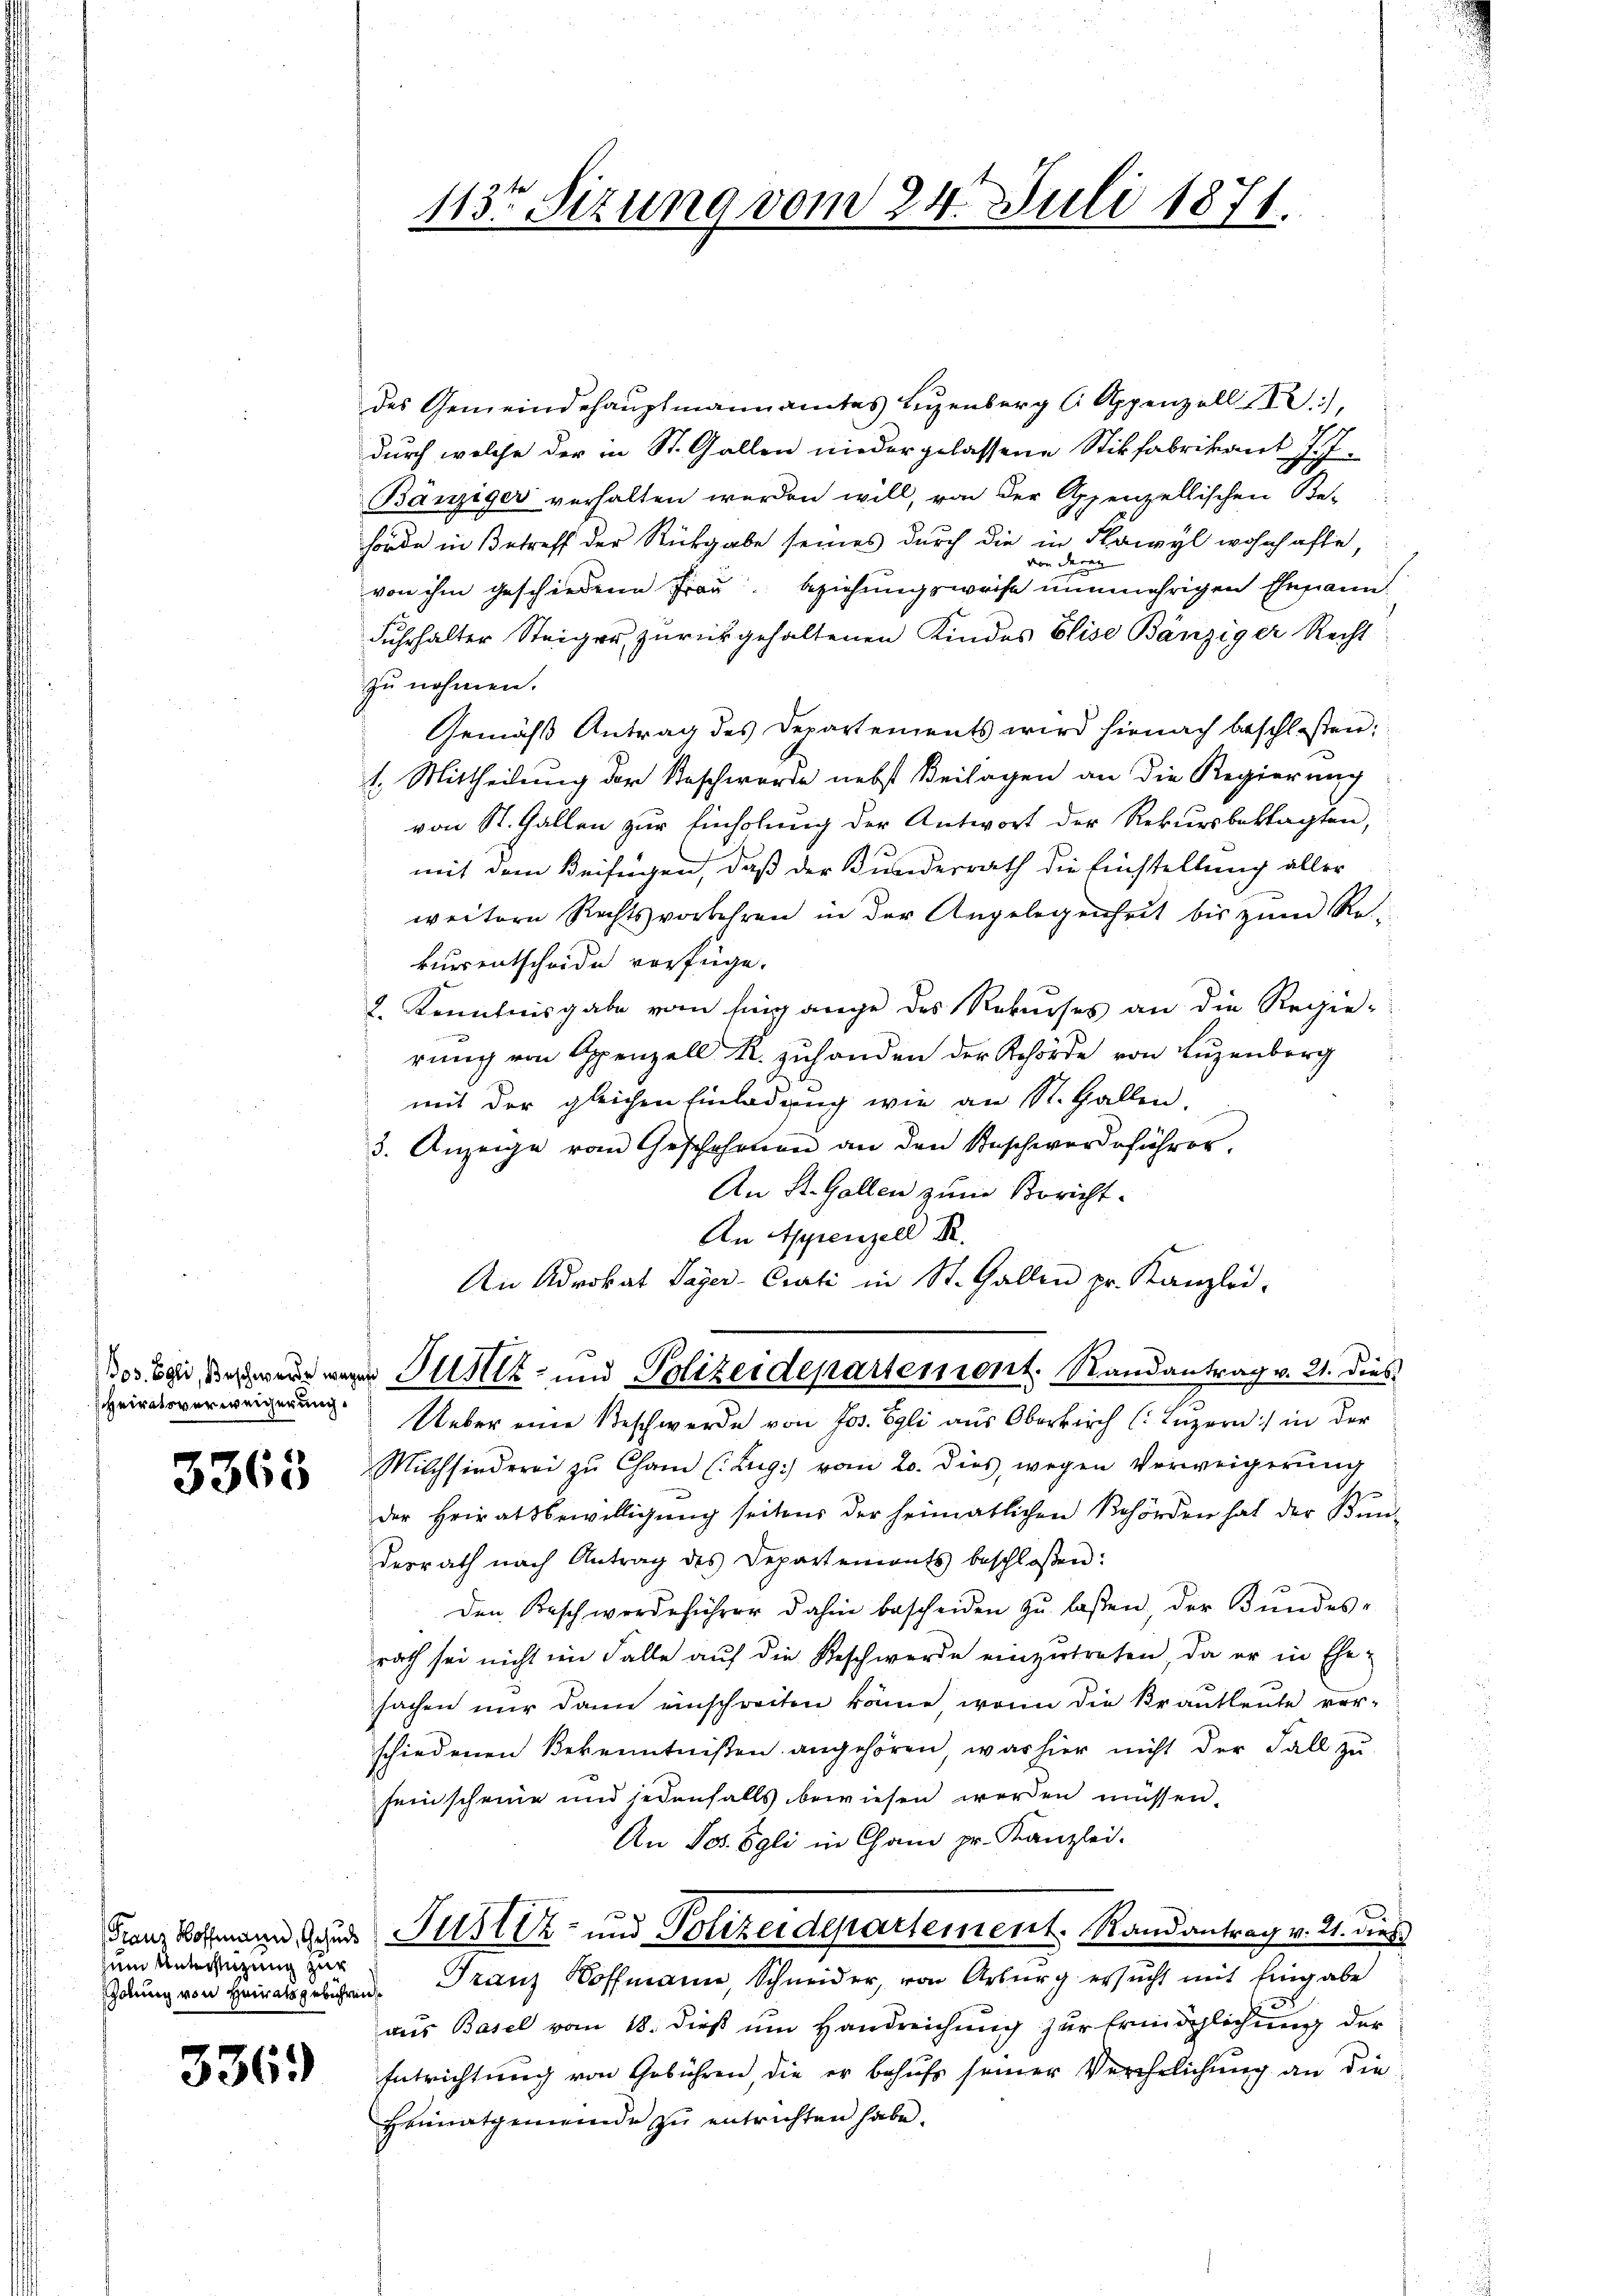
scheiratsverweigerung.

3365

um Unterstüzung zur

336.)

113t Sizung vom 24. Juli 1871.

des Gemeindehauptmannamtes Leuenberg 6. Appenzell I.),
durch welche der in St. Gallen niedergelassene Stikfabrikant J. J.
Bänziger verhalten werden will, von der Appenzellischen Be-
hörde in Betreff der Rückgabe seines durch die in Flawyl wohnhafte,
legen
d
von ihm geschiedene Frau beziehungsweise nunmehrigen Ehemann.
Fuhrhalter Steiger zurückgehaltenen Kindes Elise Bänziger Recht
zu nehmen.
Gemäß Antrag des Departements wird hienach beschloßen:
1. Mittheilung der Beschwerde nebst Beilagen an die Regierung
von St. Gallen zur Einholung der Antwort der Rekursbeklagten,
mit dem Beifügen, daß der Kunderrath die Einstellung aller
weitern Rechtsvorbehren in der Angelegenheit bis zum Rekurrentscheide verfüge.
2. Kenntnisgabe vom Eingange des Rekurses an die Regie-
rung von Appenzell R. zuhanden der Behörde von Luzenberg
mit der gleichen Einladung wie an St. Gallen.
3. Anzeige vom Geschehenen an den Beschwerdeführer,
An St. Gallen zum Bericht.
An Appenzell I.
An Advokat Pager-Crati in St. Gallen pr. Kanzlei-
Bos bei der Justiz- und Polizeidepartemont. Randantrag v. 21. dies
Ueber eine Beschwerde von Jos. Egli aus Oberich Luzern) in der
Milchsfinderei zŭ Cham (Lug) vom 20. dies, wegen Verweigerŭng
der Heiratsbewilligung seitens der heimatlichen Behörden hat der Bun-
desrath nach Antrag des Departements beschloßen:
Den Beschwerdeführer dahin bescheiden zu laßen, der Bundes-
rath sei nicht im Falle auf die Beschwerde einzutreten, da er in Ehe-
sachen nur dann einschreiten könne, wenn die Krautleute ver-
schiedenen Bekenntnißen angehören, was hier nicht der Fall zu
seinscheine und jedenfalls bewiesen werden müssen.
An Jos. Egli in Cham pr. Kanzlei.
Franz Bohann und Justiz- und Polizeidepartement. Randantrag v. 21. dieß
Edung von Herausgelichen Franz Hoffmann, Schneider, von Arburg ersucht mit Eingabe
aus Basel vom 18. dieß um Handreichung zur Ermöglichung der
Entrichtung von Gebühren, die er behufs seiner Verehrlichung an die
Heimatgemeinde zu entrichten habe.